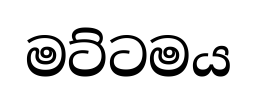
මට්ටමය